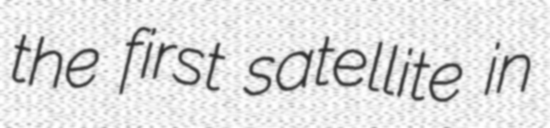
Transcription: the first satellite in